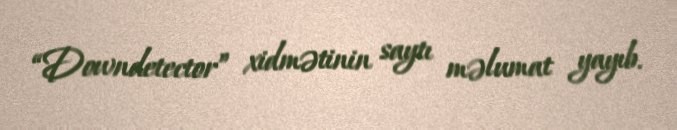
“Downdetector” xidmətinin saytı məlumat yayıb.